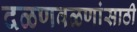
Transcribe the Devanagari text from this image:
दळणवळणांसाठी